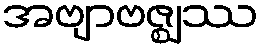
အဗျာဗဇ္ဈဿ